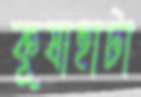
কূষাহাটা